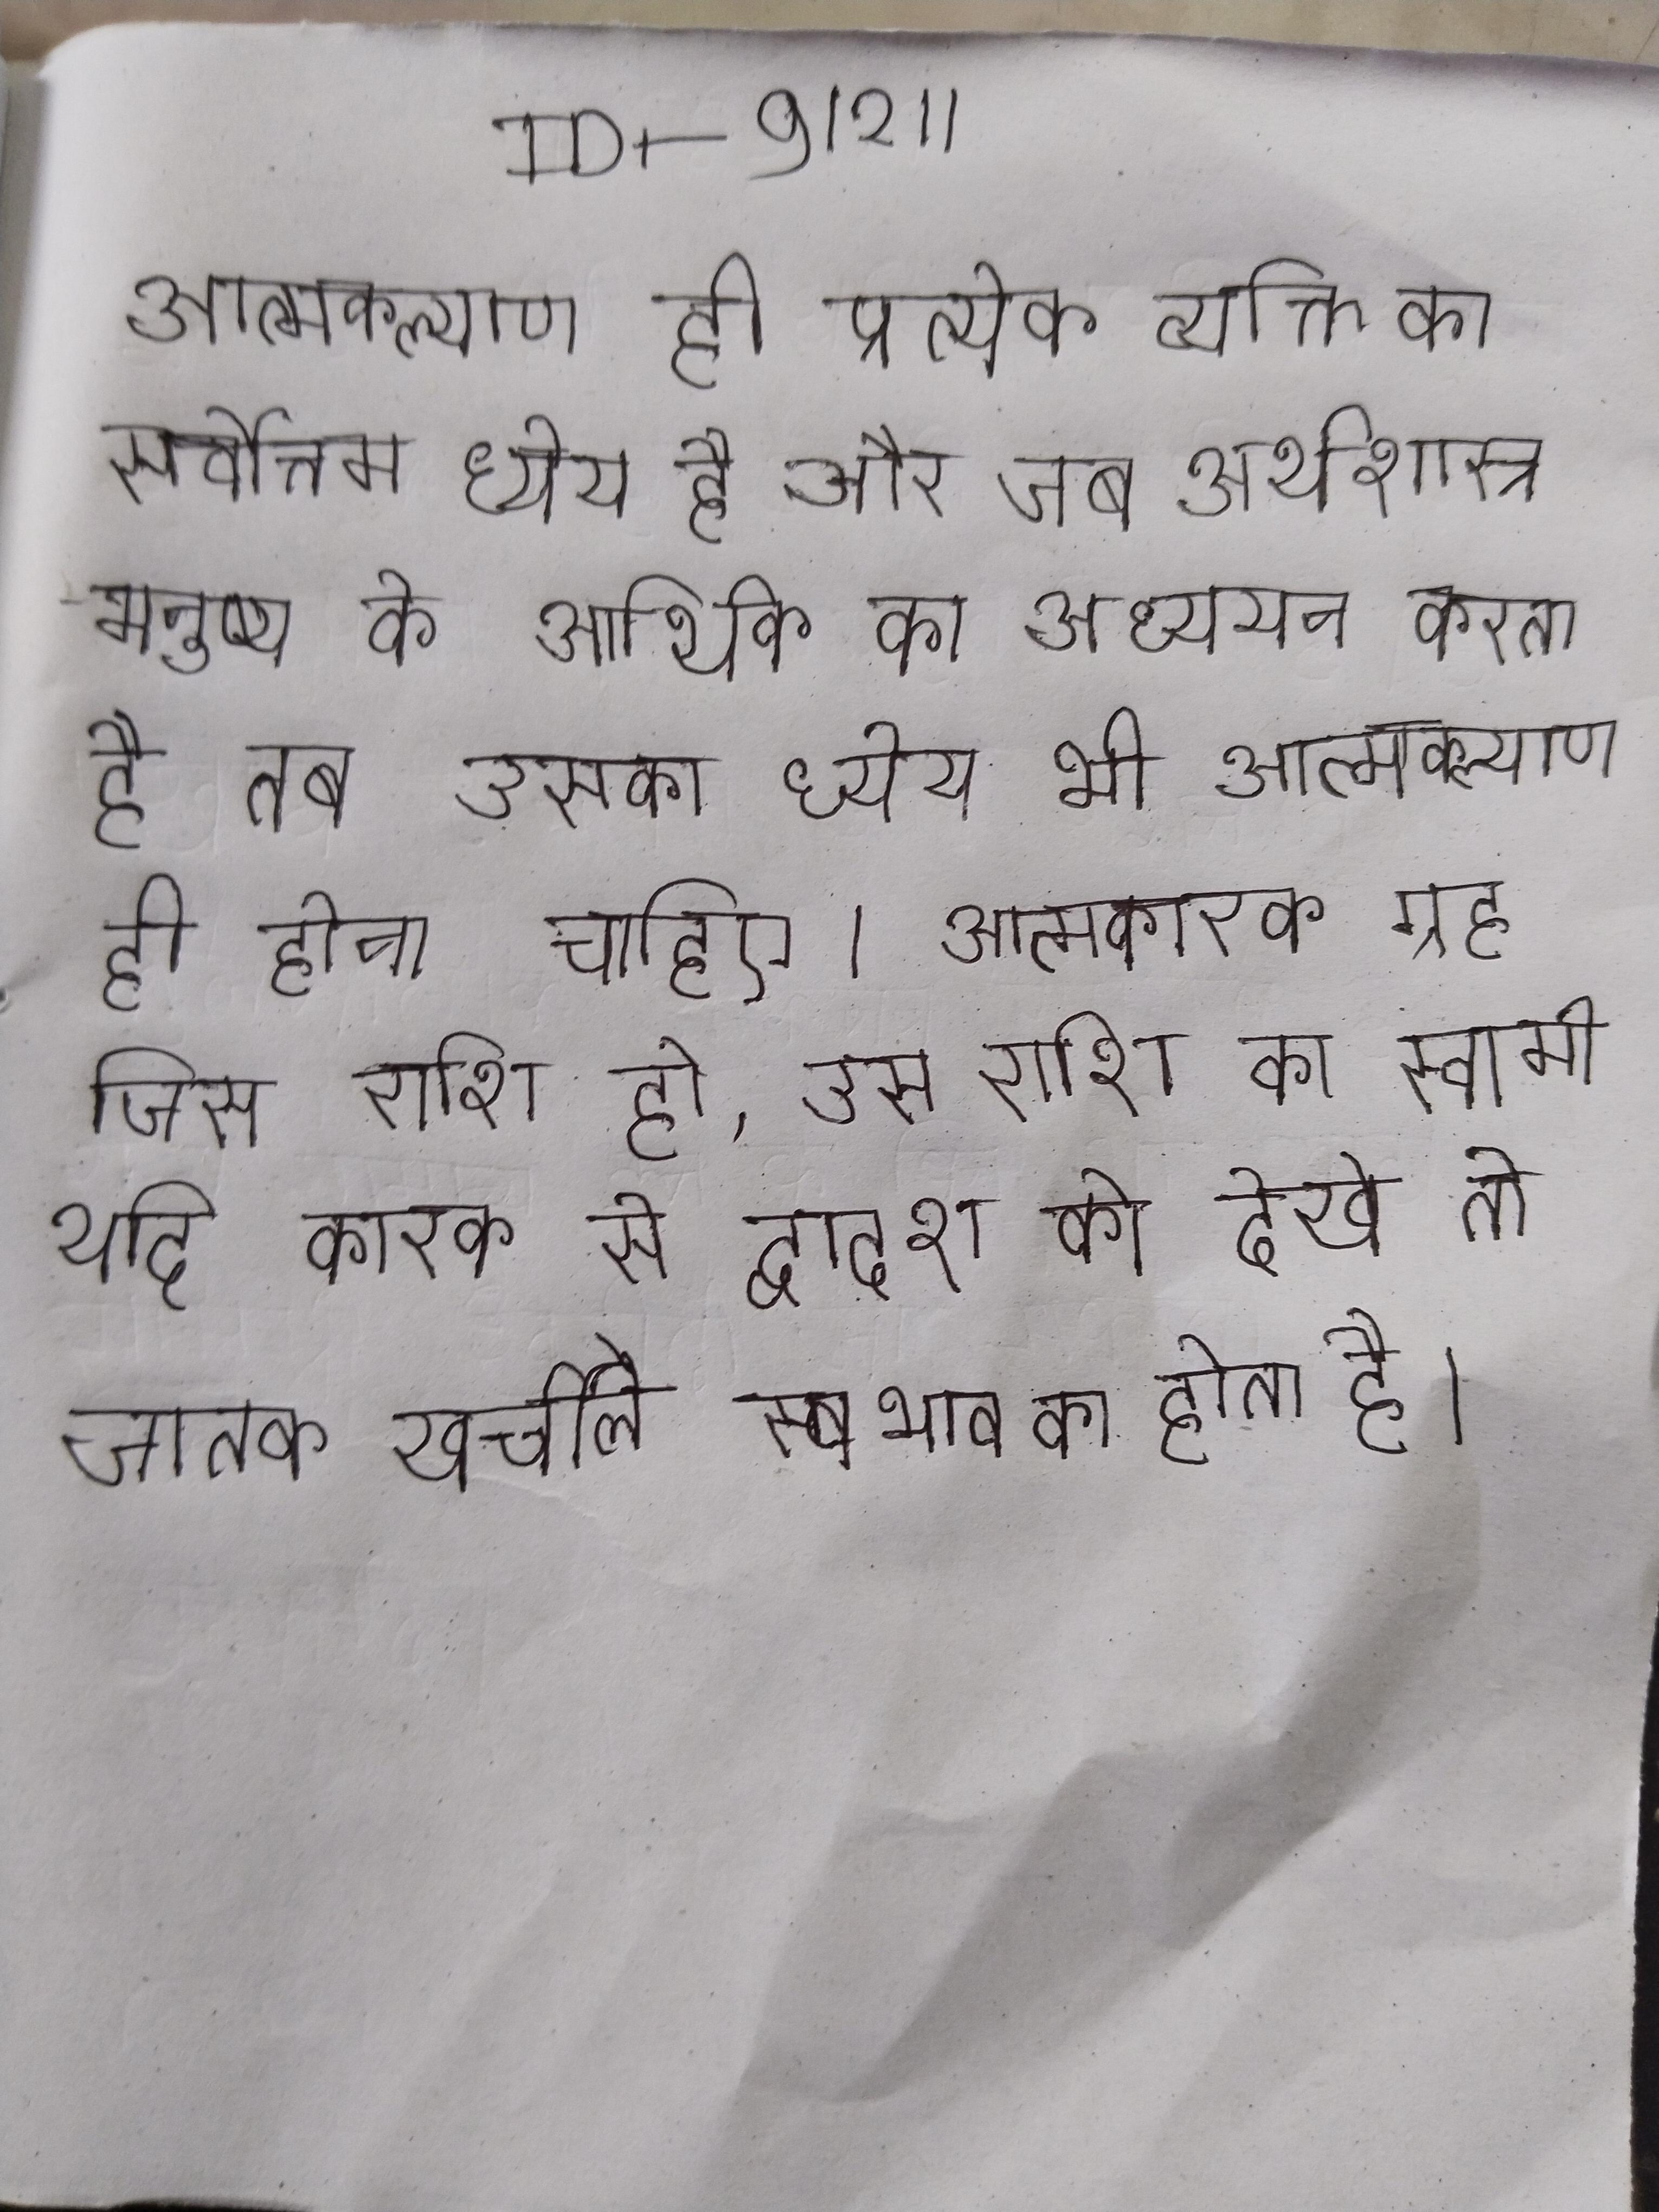
आत्मकल्याण ही प्रत्येक व्यक्ति का सर्वोत्तम ध्येय है और जब अर्थशास्त्र मनुष्य के आर्थिक का अध्ययन करता है तब उसका ध्येय भी आत्मकल्याण ही होना चाहिए । आत्मकारक ग्रह जिस राशि हो, उस राशि का स्वामी यदि कारक से द्वादश को देखे तो जातक खर्चीले स्वभाव का होता है ।